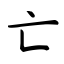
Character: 亡